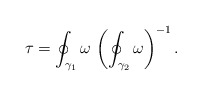
\begin{align*}\tau= \oint_{\gamma_1}\omega \,\left(\oint_{\gamma_2} \omega\right)^{-1}.\end{align*}